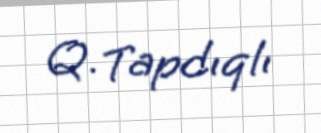
Q. Tapdıqlı